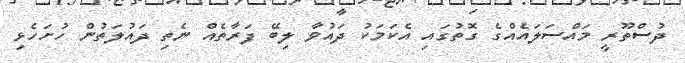
ދުސްތޫރީ މައްސަލައެއްގެ ގޮތުގައި އެކަމަކު ދައުވާ ލިބޭ ފަރާތެއް ނެތި ދައުލަތުން ހުށަހެޅި